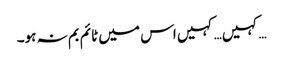
…کہیں… کہیں اس میں ٹائم بم نہ ہو۔